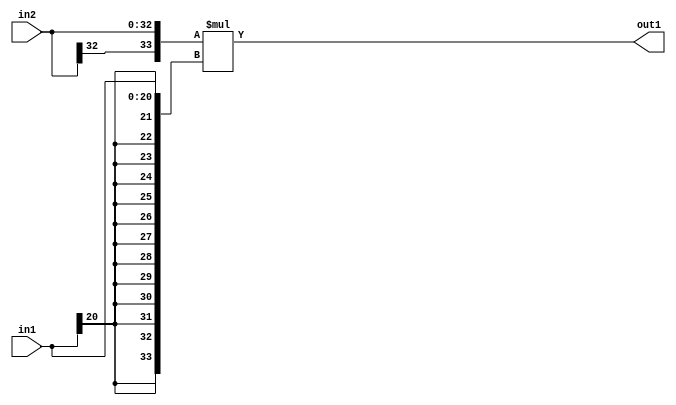
`timescale 1ps / 1ps
/*****************************************************************************
    Verilog RTL Description
    
    
    Created by: Stratus DpOpt 21.05.01 
*******************************************************************************/

module SobelFilter_Mul_33Sx21S_34S_4 (
	in2,
	in1,
	out1
	); /* architecture "behavioural" */ 
input [32:0] in2;
input [20:0] in1;
output [33:0] out1;
wire [33:0] asc001;

assign asc001 = 
	+({in2[32], in2} * {{13{in1[20]}}, in1});

assign out1 = asc001;
endmodule

/* CADENCE  ubP5TQw= : u9/ySxbfrwZIxEzHVQQV8Q== ** DO NOT EDIT THIS LINE ******/